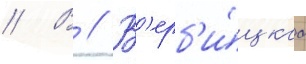
// В // В'ерб'и́цкаа